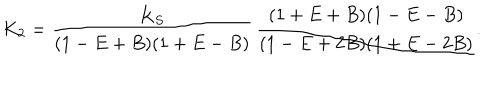
K _ { 2 } = \frac { K _ { S } } { ( 1 - E + B ) ( 1 + E - B ) } \, \frac { ( 1 + E + B ) ( 1 - E - B ) } { ( 1 - E + 2 B ) ( 1 + E - 2 B ) } .